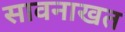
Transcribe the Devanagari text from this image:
सावनाखत